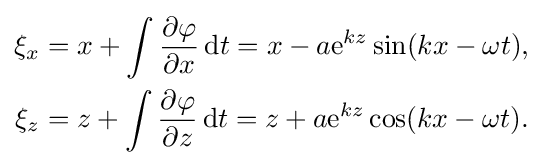
{\begin{aligned}\xi _{x}&=x+\int {\frac {\partial \varphi }{\partial x}}\,{\text{d}}t=x-a{\text{e}}^{kz}\sin(kx-\omega t),\\\xi _{z}&=z+\int {\frac {\partial \varphi }{\partial z}}\,{\text{d}}t=z+a{\text{e}}^{kz}\cos(kx-\omega t).\end{aligned}}